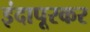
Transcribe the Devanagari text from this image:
इंदापूरकर